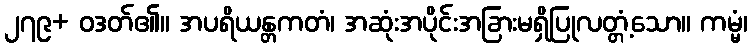
၂၇၉+ ဝဒတ်၏။ အပရိယန္တကတံ၊ အဆုံးအပိုင်းအခြားမရှိပြုလတ္တံ့သော။ ကမ္မံ၊